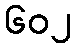
၆၀၂